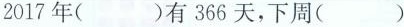
2017年( )有366天，下周()